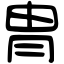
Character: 冑